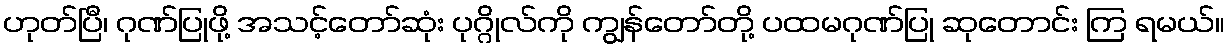
ဟုတ်ပြီ၊ ဂုဏ်ပြုဖို့ အသင့်တော်ဆုံး ပုဂ္ဂိုလ်ကို ကျွန်တော်တို့ ပထမဂုဏ်ပြု ဆုတောင်း ကြ ရမယ်။